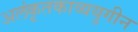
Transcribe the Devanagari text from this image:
अलंकृतकाव्ययुगीन